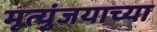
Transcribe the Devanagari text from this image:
मृत्युंजयाच्या